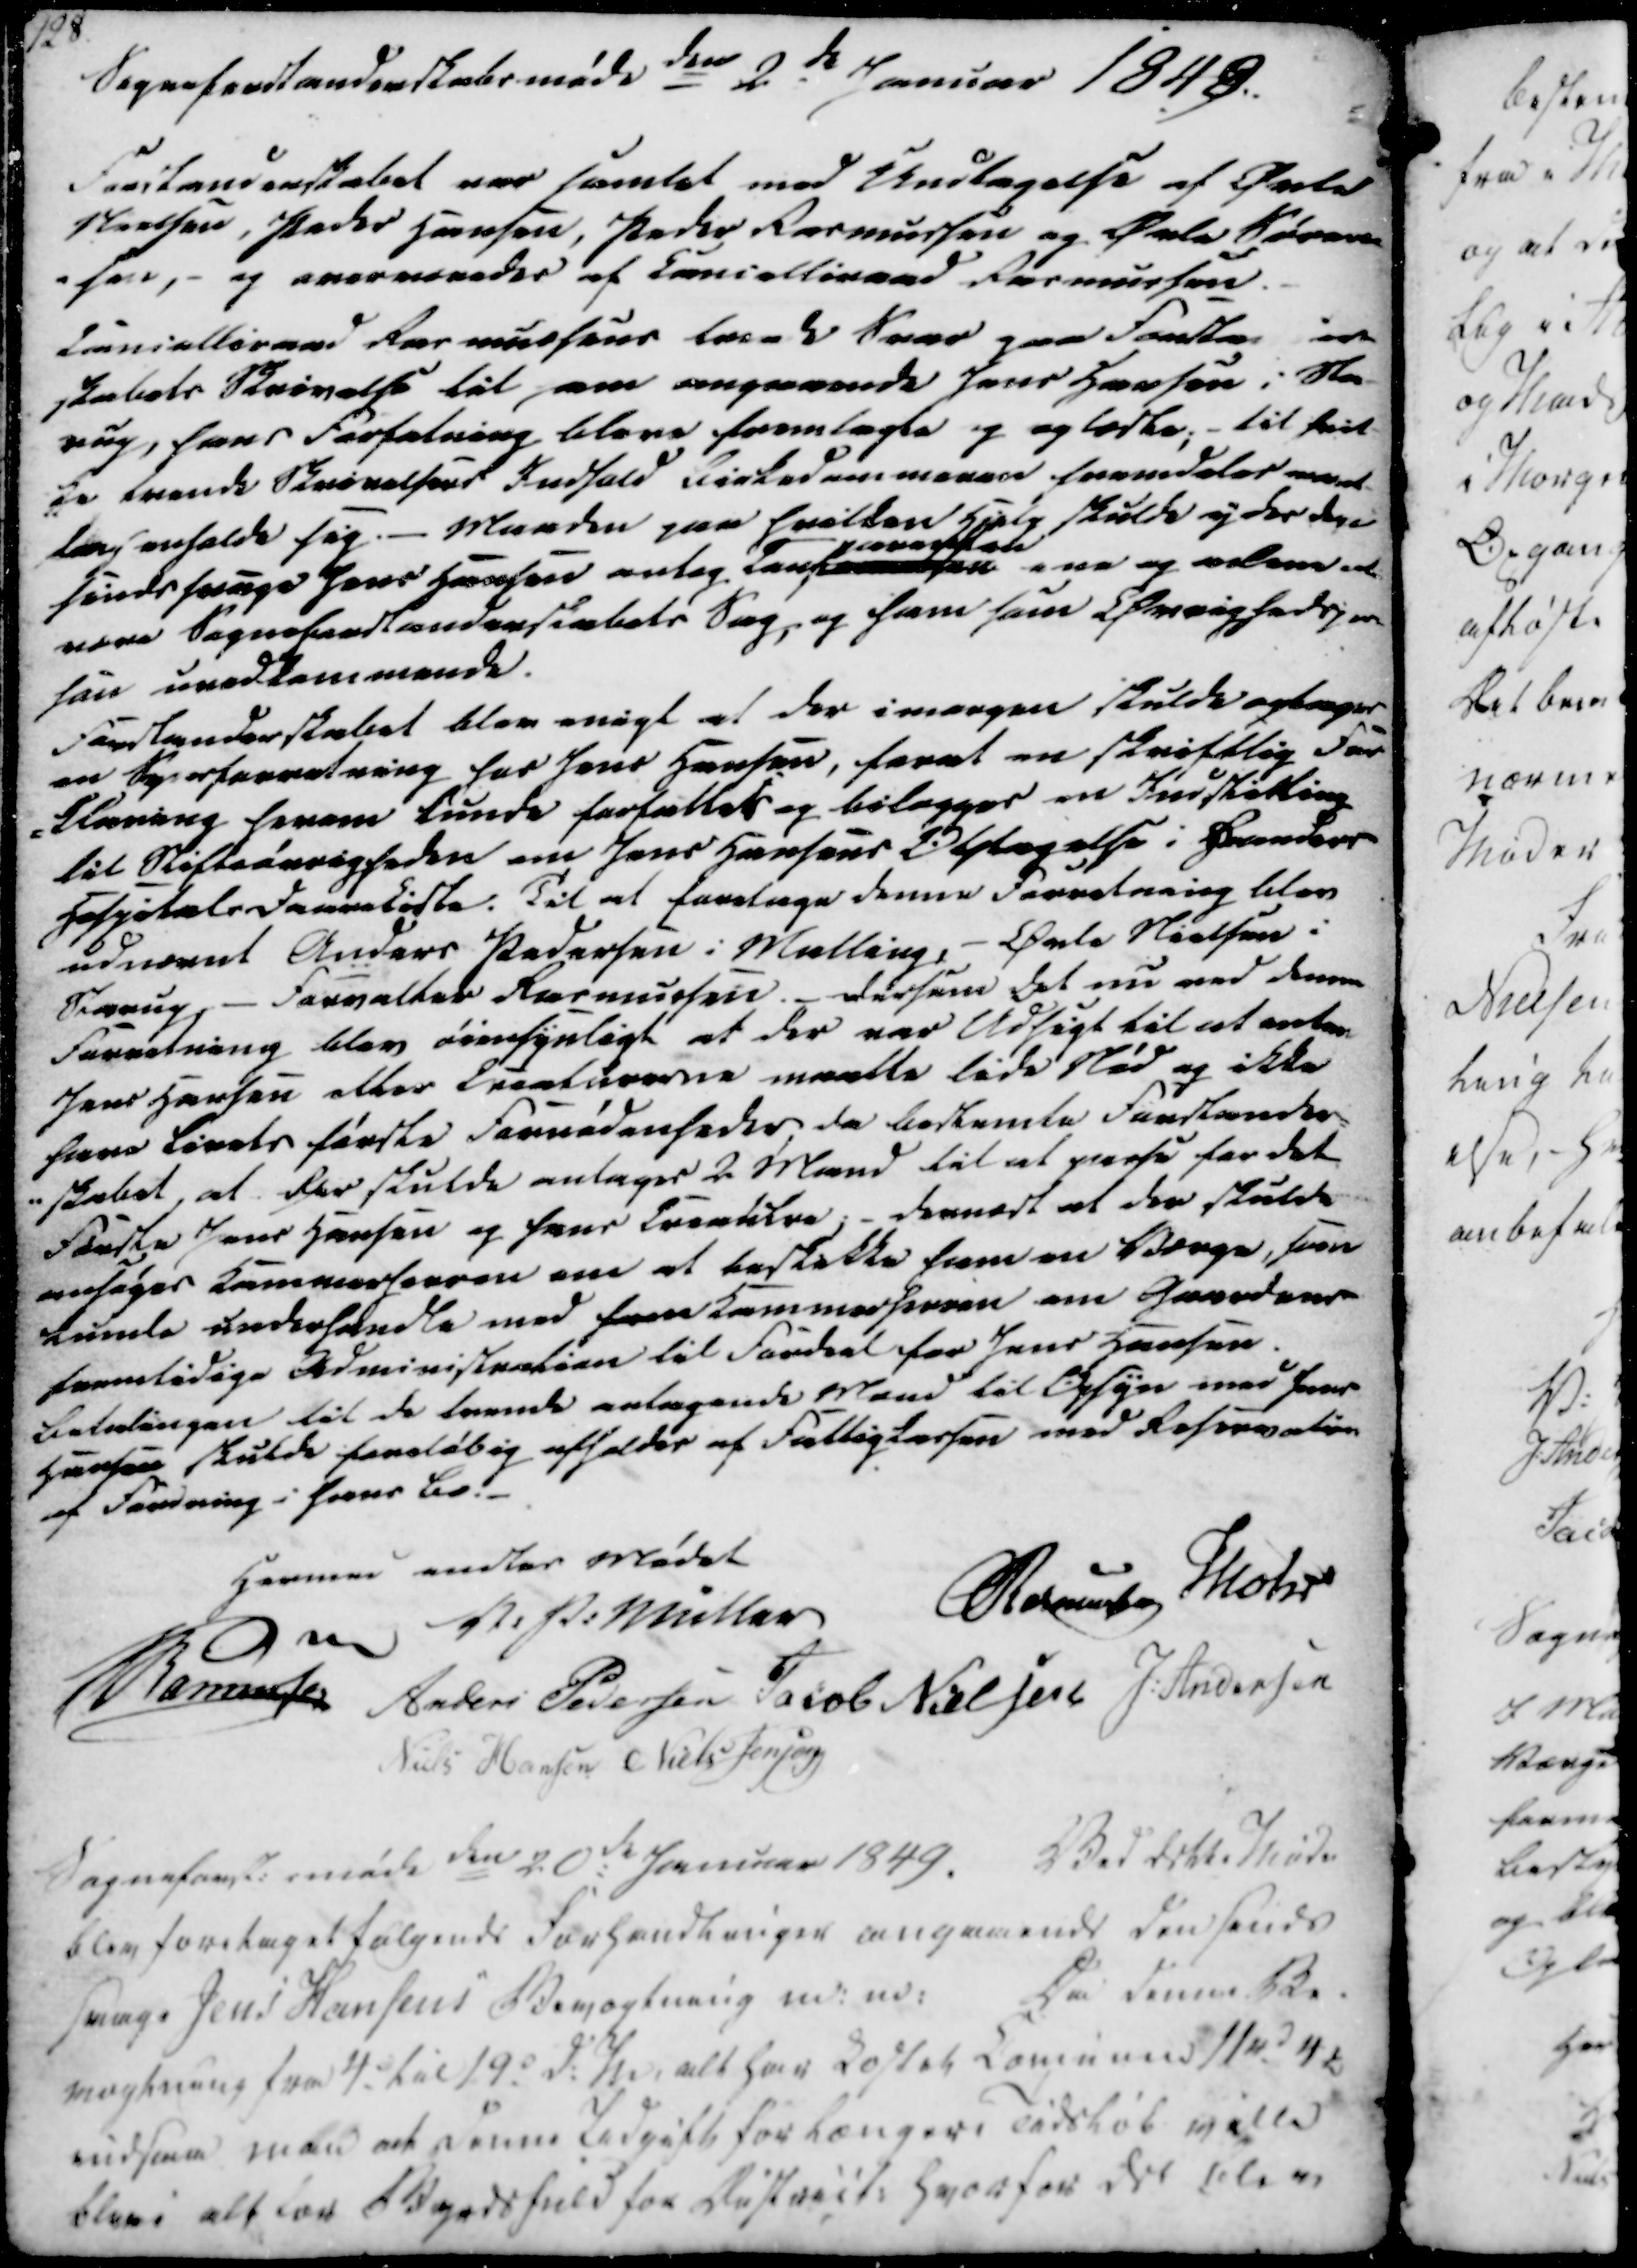
Transskription:
Sogneforstanderskabsmøde den 2de Januar 1849.

Forstanderskabet var samlet med Undtagelse af Øvle
Nielsen, Peder Hansen, Peder Rasmussen og Øvle Søren
sen, - og overværedes af Cancelliraad Rasmussen.
Cancelliraad Rasmussens læsede Svar paa Forstander-
skabets Skrivelse til ham angaaende Jens Hansen i Sta-
rup, hans Forfatning bleve fremlagte og oplæste; - til hvil-
ke tvende Skrivelsers Indhold Birkedommeren fremdeles maat-
te forholde sig. - Maaden paa hvilken Hjelp skulde ydes den
sindssvage Jens Hansen antog hans
areften
ene og alene at
være Sogneforstanderskabets Sag, og ham som i Øvrighedsper
son uvedkommende.
Forstanderskabet blev enigt at der imorgen skulde optages
en Synsforretning hos Jens Hansen, forat en skriftlig For
-klæring herom kunde forfattes og bilægges en Indstilling
til Stiftsøvrigheden om Jens Hansens Optagelse i Randers
Hospitalsdaareliste. Til at foretage denne Forretning blev
udnævnt Anders Pedersen i Malling, - Øvle Nielsen i
Starup - Forvalter Rasmussen. - Dersom det nu ved denne
Forretning blev øiensynligt at der var udsigt til at enten
Jens Hansen eller Creaturerne maatte lide Nød og ikke
have Livets første Fornødenheder, da bestemte Forstander-
-skabet, at der skulde antages 2 Mand til at passe for det
Første Jens Hansen og hans Creatitre; - dernæst at der skulde
ansøges Kammerherren om at beskikke ham en Værge, som
kunde underhandle med ham Kammerherren om Gaardens
fremtidige Administration til Fordeel for Jens Hansen.
Betalingen til de tvende antagende Mand til Opsyn med Jens
Hansen skulde foreløbig afholdes af Fattigkassen med Reservation
af Fordring i hans Bo.

Hermed endtes Mødet
V. P. Müller
Rasmussen
Mohr
Rasmussen
Anders Pedersen
Jacob Nielsen
J. Andersen
Niels Hansen
Niels Jensen

Sogneforst. møde den 20de Januar 1849.
Ved dette Møde
blev foretaget følgende Forhandlinger angaaende den sinds
svage Jens Hansens Bevogtning m. m.
Da denne Be-
vogtning fra 4. til 19. d.M i alt har Kostet Comunen 11rd 4 ẞ
indsaa man at Denne Udgift for længere Tidsløb ville
blive alt for Byrdsfuld for District, Hvorfor der blev